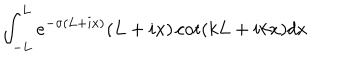
\int _ { - L } ^ { L } e ^ { - \sigma ( L + i x ) } ( L + i x ) \cot ( k L + i k x ) d x